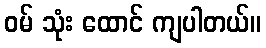
ဝမ် သုံး ထောင် ကျပါတယ်။